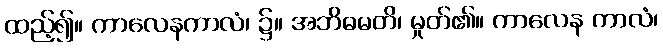
ထည့်၍။ ကာလေနကာလံ၊ ၌။ အဘိဓမတိ၊ မှုတ်၏။ ကာလေန ကာလံ၊